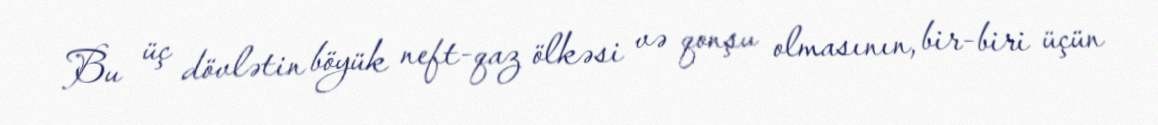
Bu üç dövlətin böyük neft-qaz ölkəsi və qonşu olmasının, bir-biri üçün